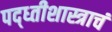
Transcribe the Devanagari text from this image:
पद्ध्तीशास्त्राचं